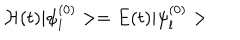
LaTeX: { \cal H } ( t ) | \psi _ { l } ^ { ( 0 ) } > = E ( t ) | \psi _ { l } ^ { ( 0 ) } >